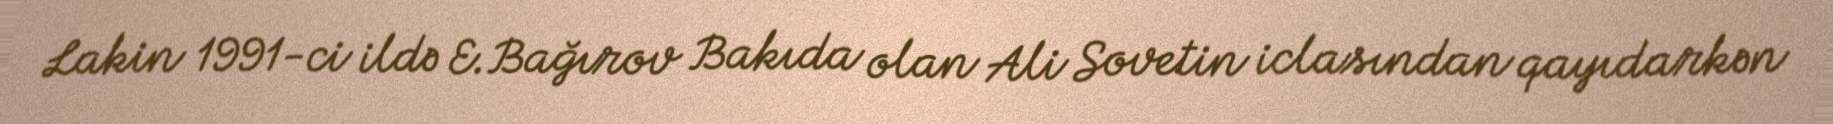
Lakin 1991-ci ildə E.Bağırov Bakıda olan Ali Sovetin iclasından qayıdarkən